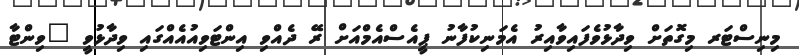
މިނިސްޓަރ މިގޮތަށް ވިދާޅުވެފައިވާއިރު އެމަނިކުފާނު ޕީއެސްއެމްއަށް ރޭ ދެއްވި އިންޓަވިއުއެއްގައި ވިދާޅުވީ "ވިންޓާ